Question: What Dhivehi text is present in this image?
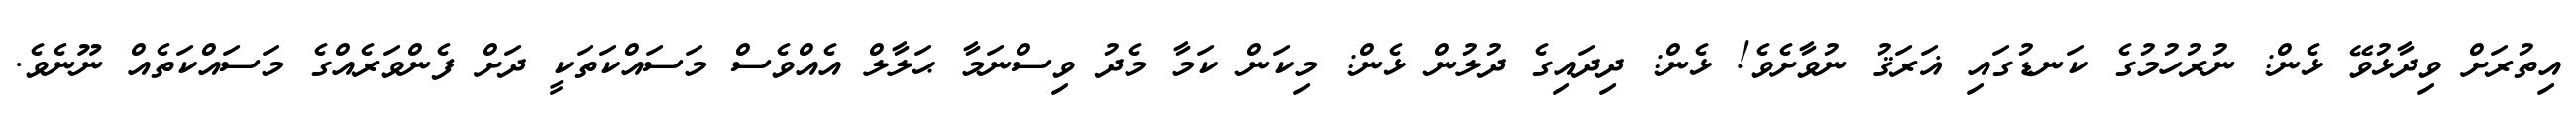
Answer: އިތުރަށް ވިދާޅުވޭ ޅެން: ނުރުހުމުގެ ކަނޑުގައި ޣަރަޤު ނުވާށެވެ! ޅެން: ދިދައިގެ ދުލުން ޅެން: މިކަން ކަމާ މެދު ވިސްނަމާ ޙަލާލް އެއްވެސް މަސައްކަތަކީ ދަށް ފެންވަރެއްގެ މަސައްކަތެއް ނޫނެވެ.